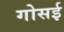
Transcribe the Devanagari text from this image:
गोसई